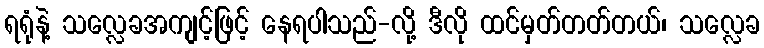
ရရုံနဲ့ သလ္လေခအကျင့်ဖြင့် နေရပါသည်-လို့ ဒီလို ထင်မှတ်တတ်တယ်၊ သလ္လေခ